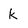
Character: k